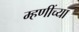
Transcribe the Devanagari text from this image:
म्हणींच्या